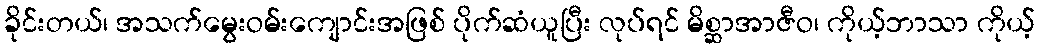
ခိုင်းတယ်၊ အသက်မွေးဝမ်းကျောင်းအဖြစ် ပိုက်ဆံယူပြီး လုပ်ရင် မိစ္ဆာအာဇီဝ၊ ကိုယ့်ဘာသာ ကိုယ့်